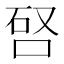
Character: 唘